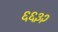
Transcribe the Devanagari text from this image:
६६३२